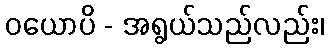
ဝယောပိ - အရွယ်သည်လည်း၊